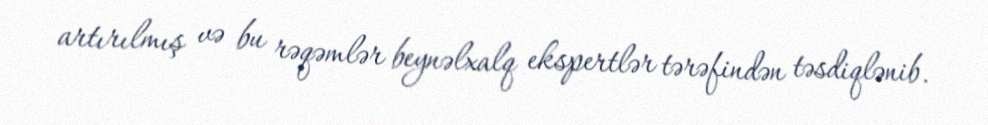
artırılmış və bu rəqəmlər beynəlxalq ekspertlər tərəfindən təsdiqlənib.